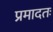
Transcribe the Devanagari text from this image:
प्रमादतः